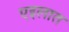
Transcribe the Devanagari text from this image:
एइलात